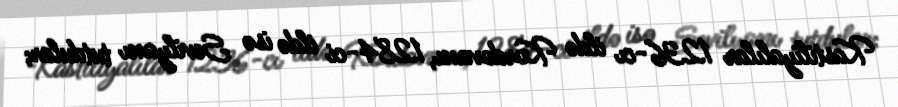
Kastiliyalılar 1236-cı ildə Kordovanı, 1284-ci ildə isə Sevilyanı tutdular;